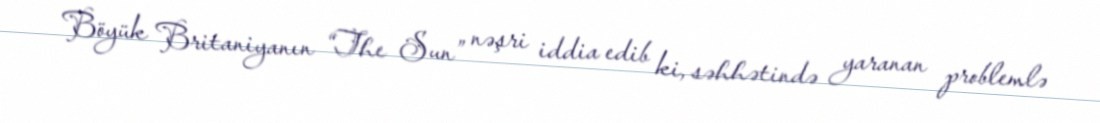
Böyük Britaniyanın “The Sun” nəşri iddia edib ki, səhhətində yaranan problemlə